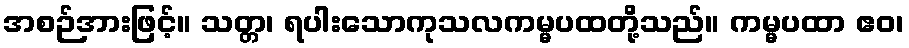
အစဉ်အားဖြင့်။ သတ္တ၊ ရပါးသောကုသလကမ္မပထတို့သည်။ ကမ္မပထာ ဧဝ၊